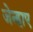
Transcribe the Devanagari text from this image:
जेन्हाए